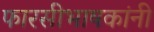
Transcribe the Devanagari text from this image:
फारसीभाषकांनी